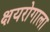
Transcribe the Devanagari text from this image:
क्षयरोगाला